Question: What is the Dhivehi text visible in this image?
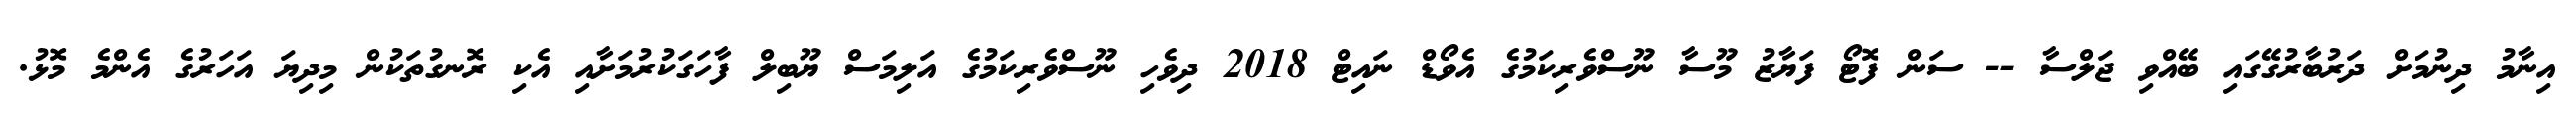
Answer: އިނާމު ދިނުމަށް ދަރުބާރުގޭގައި ބޭއްވި ޖަލްސާ -- ސަން ފޮޓޯ ފަޔާޒު މޫސާ ނޫސްވެރިކަމުގެ އެވޯޑް ނައިޓް 2018 ދިވެހި ނޫސްވެރިކަމުގެ އަލިމަސް ޔޫބިލް ފާހަގަކުރުމަށާއި އެކި ރޮނގުތަކުން މިދިޔަ އަހަރުގެ އެންމެ މޮޅު.